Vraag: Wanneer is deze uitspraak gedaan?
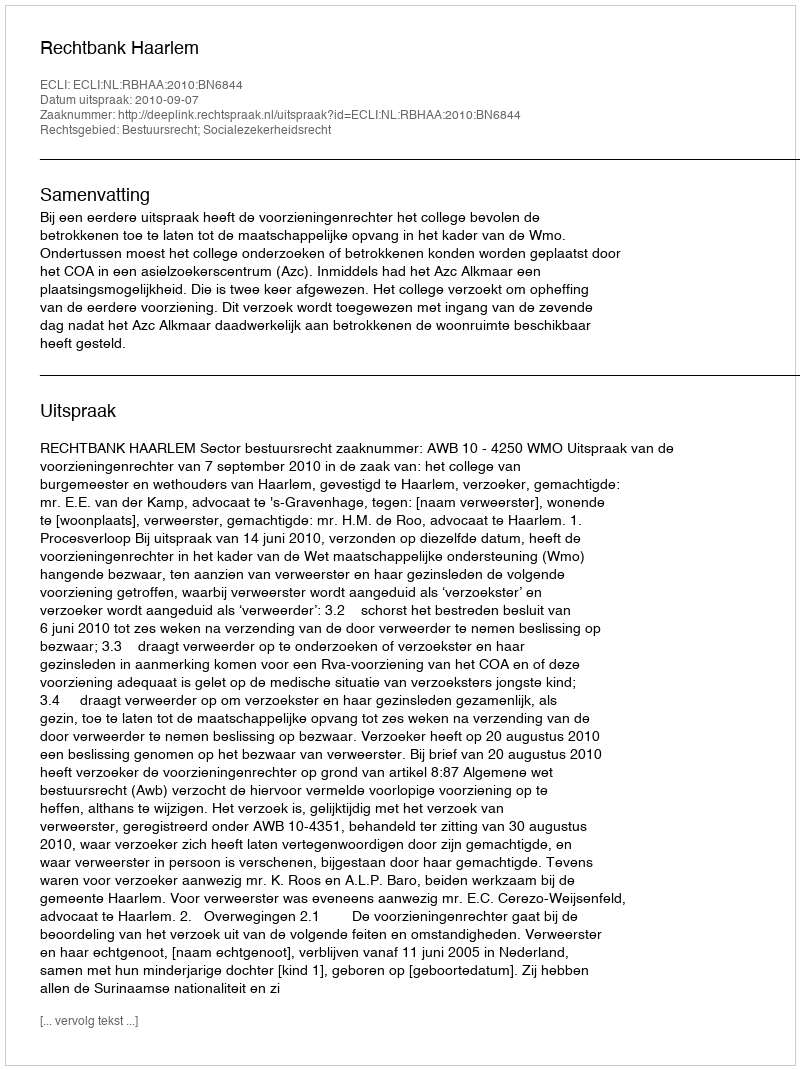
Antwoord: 2010-09-07